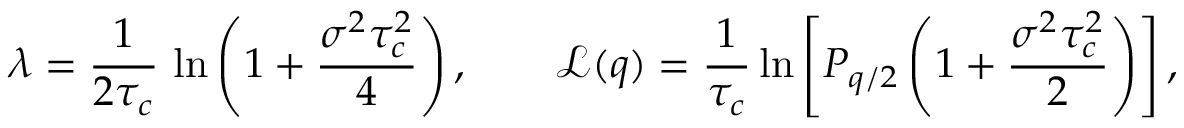
\lambda = \frac { 1 } { 2 \tau _ { c } } \, \ln \left( 1 + \frac { \sigma ^ { 2 } \tau _ { c } ^ { 2 } } { 4 } \right) , \qquad \mathscr { L } ( q ) = \frac { 1 } { \tau _ { c } } \ln \left[ P _ { q / 2 } \left( 1 + \frac { \sigma ^ { 2 } \tau _ { c } ^ { 2 } } { 2 } \right) \right] ,